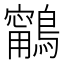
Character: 𪆢